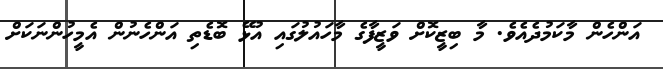
އަންހެން މާކަމުދެއެވެ. މާ ބިޒީކޮށް ވަޒީފާގެ މާހައުލުގައި އުޅޭ ބޮޑެތި އަންހެނުން އެމީހުންނަކަށް